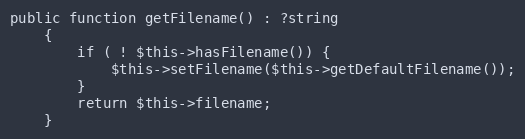
Language: PHP
public function getFilename() : ?string
    {
        if ( ! $this->hasFilename()) {
            $this->setFilename($this->getDefaultFilename());
        }
        return $this->filename;
    }